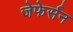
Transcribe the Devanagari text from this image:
जेफेर्सन